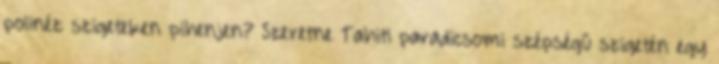
polinéz szigeteken pihenjen? Szeretne Tahiti paradicsomi szépségű szigetén egy